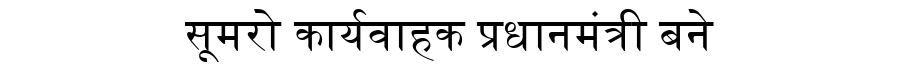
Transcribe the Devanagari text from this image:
सूमरो कार्यवाहक प्रधानमंत्री बने